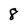
Character: 8